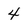
Character: 4